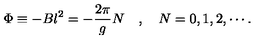
\Phi \equiv - B l ^ { 2 } = - \frac { 2 \pi } { g } N \quad , \quad N = 0 , 1 , 2 , \cdots .